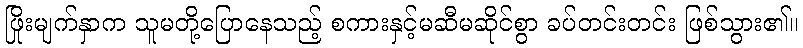
ဖြိုးမျက်နှာက သူမတို့ပြောနေသည့် စကားနှင့်မဆီမဆိုင်စွာ ခပ်တင်းတင်း ဖြစ်သွား၏။